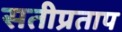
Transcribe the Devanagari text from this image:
सतीप्रताप